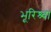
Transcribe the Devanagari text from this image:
भूरिश्र्वा